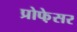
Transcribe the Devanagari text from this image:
प्रोफे़सर